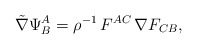
\begin{align*}{\tilde\nabla}\Psi^A_B =\rho^{-1}\,F^{AC}\,\nabla F_{CB},\end{align*}